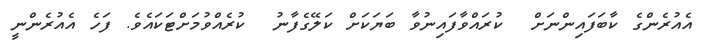
އެއުރެންގެ ކާބަފައިންނަށް  ކުރައްވާފައިނުވާ ބަޔަކަށް ކަލޭގެފާނު  ކުރެއްވުމަށްޓަކައެވެ. ފަހެ އެއުރެންނީ